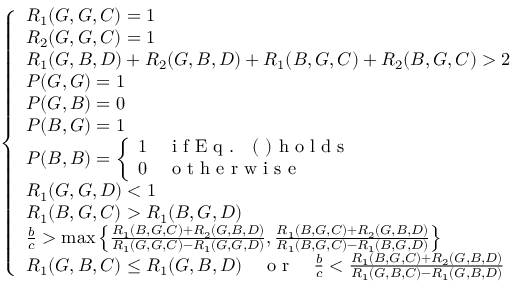
\left\{ \begin{array} { l l } { R _ { 1 } ( G , G , C ) = 1 } \\ { R _ { 2 } ( G , G , C ) = 1 } \\ { R _ { 1 } ( G , B , D ) + R _ { 2 } ( G , B , D ) + R _ { 1 } ( B , G , C ) + R _ { 2 } ( B , G , C ) > 2 } \\ { P ( G , G ) = 1 } \\ { P ( G , B ) = 0 } \\ { P ( B , G ) = 1 } \\ { P ( B , B ) = \left\{ \begin{array} { l l } { 1 } & { \mathrm { ~ i ~ f ~ E ~ q ~ . ~ ~ ~ ( ~ ) ~ h ~ o ~ l ~ d ~ s ~ } } \\ { 0 } & { \mathrm { ~ o ~ t ~ h ~ e ~ r ~ w ~ i ~ s ~ e ~ } } \end{array} \right. } \\ { R _ { 1 } ( G , G , D ) < 1 } \\ { R _ { 1 } ( B , G , C ) > R _ { 1 } ( B , G , D ) } \\ { \frac { b } { c } > \operatorname* { m a x } \left\{ \frac { R _ { 1 } ( B , G , C ) + R _ { 2 } ( G , B , D ) } { R _ { 1 } ( G , G , C ) - R _ { 1 } ( G , G , D ) } , \frac { R _ { 1 } ( B , G , C ) + R _ { 2 } ( G , B , D ) } { R _ { 1 } ( B , G , C ) - R _ { 1 } ( B , G , D ) } \right\} } \\ { R _ { 1 } ( G , B , C ) \leq R _ { 1 } ( G , B , D ) { \quad \mathrm { ~ o ~ r ~ } \quad } \frac { b } { c } < \frac { R _ { 1 } ( B , G , C ) + R _ { 2 } ( G , B , D ) } { R _ { 1 } ( G , B , C ) - R _ { 1 } ( G , B , D ) } } \end{array} \right.